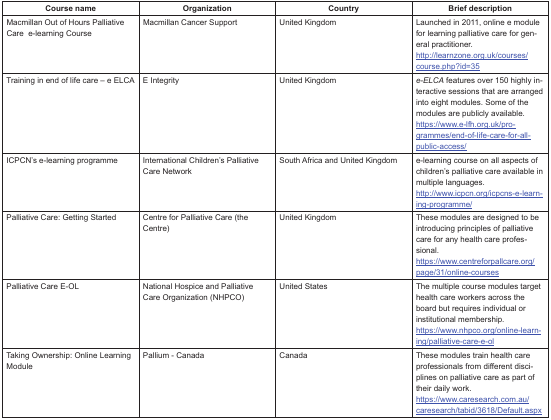
<table><thead><tr><td><b>Course name</b></td><td><b>Organization</b></td><td><b>Country</b></td><td><b>Brief description</b></td></tr></thead><tbody><tr><td>Macmillan Out of Hours Palliative Care e-learning Course</td><td>Macmillan Cancer Support</td><td>United Kingdom</td><td>Launched in 2011, online e module for learning palliative care for general practitioner.http://learnzone.org.uk/courses/course.php?id=35</td></tr><tr><td>Training in end of life care – e ELCA</td><td>E Integrity</td><td>United Kingdom</td><td><i>e-ELCA</i> features over 150 highly interactive sessions that are arranged into eight modules. Some of the modules are publicly available.https://www.e-lfh.org.uk/programmes/end-of-life-care-for-all-public-access/</td></tr><tr><td>ICPCN’s e-learning programme</td><td>International Children’s Palliative Care Network</td><td>South Africa and United Kingdom</td><td>e-learning course on all aspects of children’s palliative care available in multiple languages.http://www.icpcn.org/icpcns-e-learning-programme/</td></tr><tr><td>Palliative Care: Getting Started</td><td>Centre for Palliative Care (the Centre)</td><td>United Kingdom</td><td>These modules are designed to be introducing principles of palliative care for any health care professional.https://www.centreforpallcare.org/page/31/online-courses</td></tr><tr><td>Palliative Care E-OL</td><td>National Hospice and Palliative Care Organization (NHPCO)</td><td>United States</td><td>The multiple course modules target health care workers across the board but requires individual or institutional membership.https://www.nhpco.org/online-learning/palliative-care-e-ol</td></tr><tr><td>Taking Ownership: Online Learning Module</td><td>Pallium - Canada</td><td>Canada</td><td>These modules train health care professionals from different disciplines on palliative care as part of their daily work.https://www.caresearch.com.au/caresearch/tabid/3618/Default.aspx</td></tr></tbody></table>